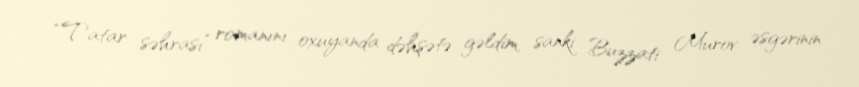
“Tatar səhrası” romanını oxuyanda dəhşətə gəldim, sanki Buzzati Murov əsgərinin